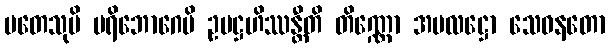
မတေသုပိ ပရိဘောဂေပိ ဥပဋ္ဌဟိဿန္တီတိ တိဏ္ဏော အမလဋ္ဌော သေဝနတော